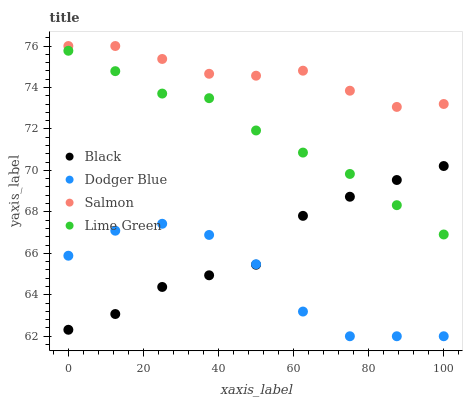
| xaxis_label | Black | Dodger Blue | Salmon | Lime Green |
 | --- | --- | --- | --- | --- |
 | 0 | 62.3 | 65.9 | 76 | 75.8 |
 | 12.5 | 63.1 | 67.1 | 76 | 74.8 |
 | 25 | 64.4 | 67.4 | 75.4 | 73.7 |
 | 37.5 | 64.9 | 66.9 | 74.7 | 73.5 |
 | 50 | 65.5 | 65.5 | 74.6 | 71.9 |
 | 62.5 | 67.8 | 63.2 | 74.8 | 70.9 |
 | 75 | 68.7 | 62 | 73.8 | 69.8 |
 | 87.5 | 69.5 | 62 | 73.1 | 68.3 |
 | 100 | 70.2 | 62 | 73.2 | 66.9 |